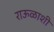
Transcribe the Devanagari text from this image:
राऊळाशी